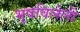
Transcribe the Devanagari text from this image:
भूषविलेली